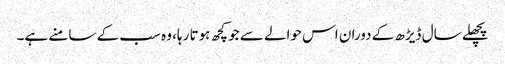
پچھلے سال ڈیڑھ کے دوران اس حوالے سے جو کچھ ہوتا رہا، وہ سب کے سامنے ہے۔